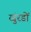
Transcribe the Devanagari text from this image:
खुंरडों